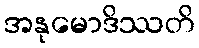
အနုမောဒိဿတိ